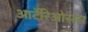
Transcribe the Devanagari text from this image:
आर्टेरिओसस